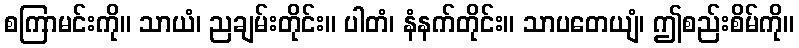
စကြာမင်းကို။ သာယံ၊ ညချမ်းတိုင်း။ ပါတံ၊ နံနက်တိုင်း။ သာပတေယျံ၊ ဤစည်းစိမ်ကို။